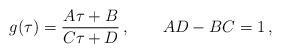
LaTeX: \begin{align*}g(\tau) = \frac{A\tau + B}{C\tau + D}\,, \qquad AD - BC = 1\,,\end{align*}